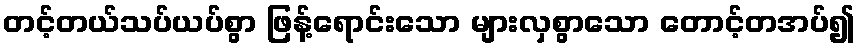
တင့်တယ်သပ်ယပ်စွာ ဖြန့်ရောင်းသော များလှစွာသော တောင့်တအပ်၍